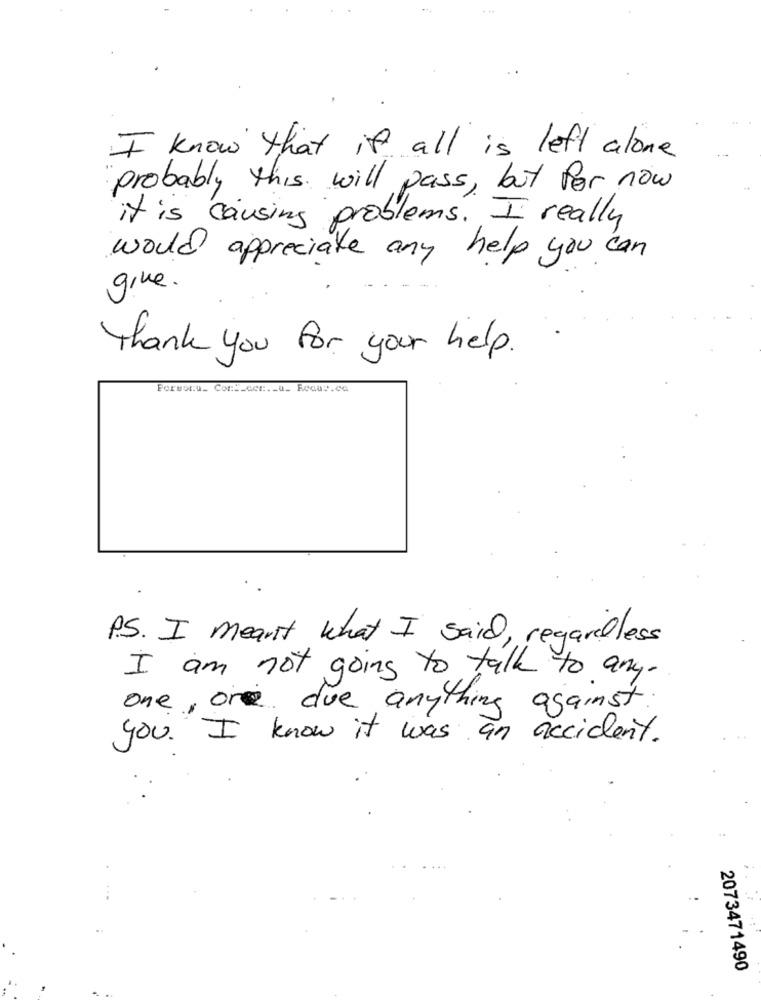
I know that it all is left alone
probably this will pass , but for now
it is causing problems. I really
would appreciate any help you can
give .
Thank you for your help.
Formenu_ Cont_cor .- u_ Recav.ca
P.S. I meant what I said, regardless
I am not going to talk to any.
one, or due anything against
you. I know it was an accident.
2073471490